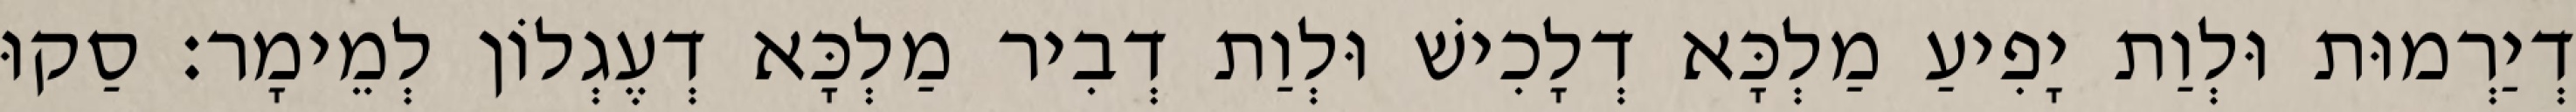
דְיַרְמוּת וּלְוַת יָפִיעַ מַלְכָּא דְלָכִישׁ וּלְוַת דְבִיר מַלְכָּא דְעֶגְלוֹן לְמֵימָר׃ סַקוּ